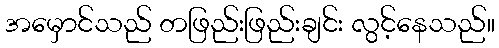
အမှောင်သည် တဖြည်းဖြည်းချင်း လွင့်နေသည်။